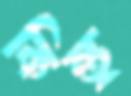
কিন্তু